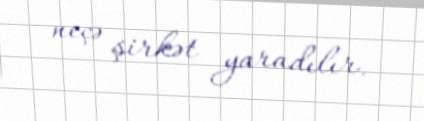
neçə şirkət yaradılır.